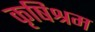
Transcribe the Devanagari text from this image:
कृषिश्रम